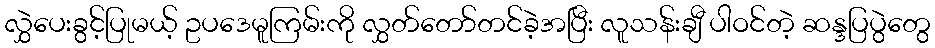
လွှဲပေးခွင့်ပြုမယ့် ဥပဒေမူကြမ်းကို လွှတ်တော်တင်ခဲ့အပြီး လူသန်းချီ ပါဝင်တဲ့ ဆန္ဒပြပွဲတွေ